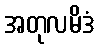
အတုလမိဒံ